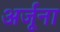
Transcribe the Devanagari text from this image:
अर्जूना